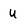
Character: u